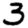
Digit: 3